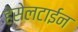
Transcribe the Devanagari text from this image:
हेसेलटाईन